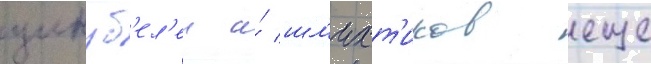
цинуб'ел'еи и́ шл'ихт'иков еще